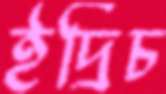
ইদ্রিচ